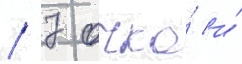
/ 7 очка́ и́